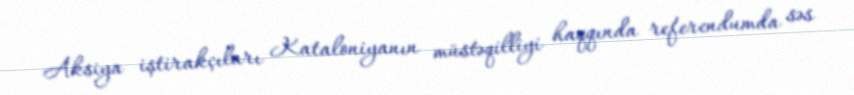
Aksiya iştirakçıları Kataloniyanın müstəqilliyi haqqında referendumda səs